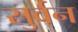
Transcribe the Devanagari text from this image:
सुर्वन